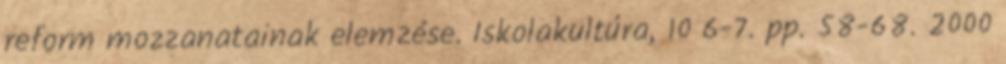
reform mozzanatainak elemzése. Iskolakultúra, 10 6-7. pp. 58-68. 2000